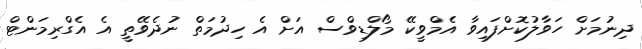
ދިނުމަށް ހަވާލުކޮށްފައިވާ އެމްވީކޭ މޯލްޑިވްސް އަށް އެ ހިދުމަތް ނުދެވޭތީ އެ އެގްރިމަންޓް